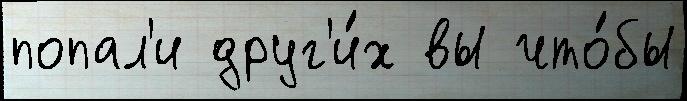
попал'и друг'и́х вы что́бы